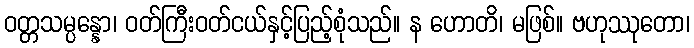
ဝတ္တသမ္ပန္နော၊ ဝတ်ကြီးဝတ်ငယ်နှင့်ပြည့်စုံသည်။ န ဟောတိ၊ မဖြစ်။ ဗဟုဿုတော၊